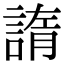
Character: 𧩭